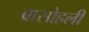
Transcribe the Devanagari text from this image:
बासोहली